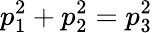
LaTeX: p_{1}^{2}+p_{2}^{2}=p_{3}^{2}